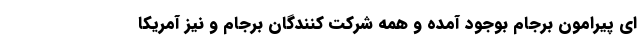
ای پیرامون برجام بوجود آمده و همه شرکت کنندگان برجام و نیز آمریکا